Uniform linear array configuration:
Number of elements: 16
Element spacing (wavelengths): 0.25
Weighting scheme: binomial
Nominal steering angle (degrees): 30
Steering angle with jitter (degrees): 30.717
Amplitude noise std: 0.05
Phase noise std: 0.05

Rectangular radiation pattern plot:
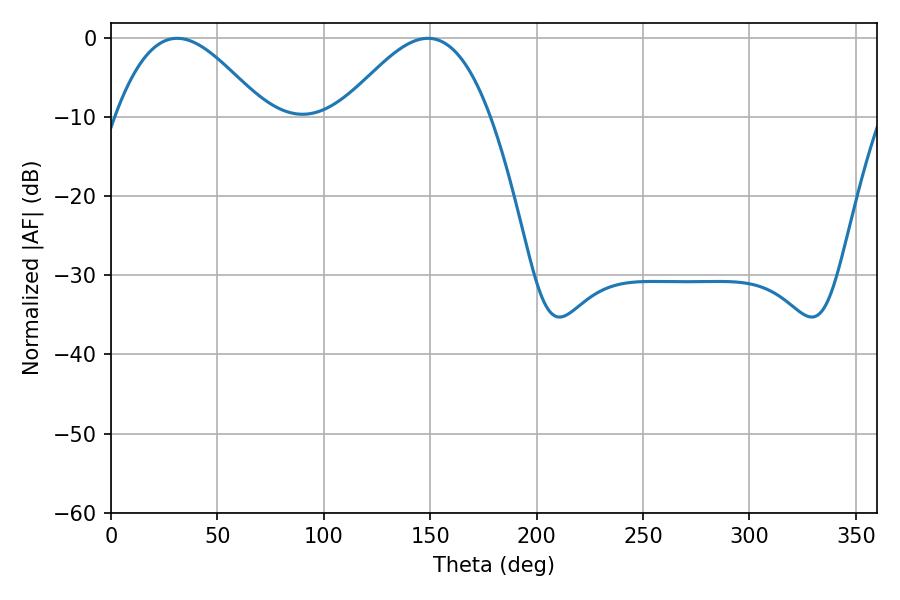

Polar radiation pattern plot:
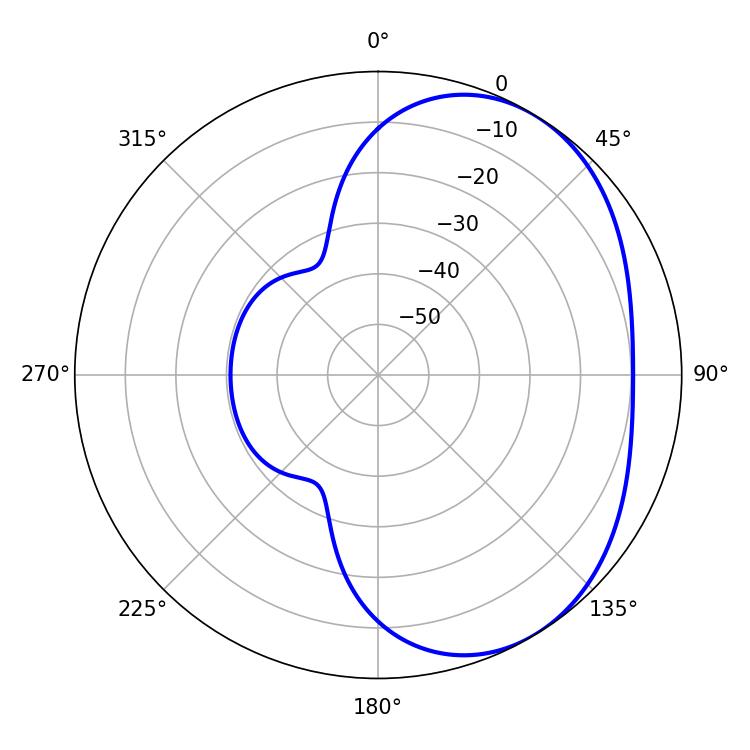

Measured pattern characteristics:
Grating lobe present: FALSE
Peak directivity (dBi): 3.755
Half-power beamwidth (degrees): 37.44
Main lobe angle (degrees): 31.14